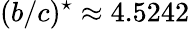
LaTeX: (b/c)^{\star}\approx 4.5242